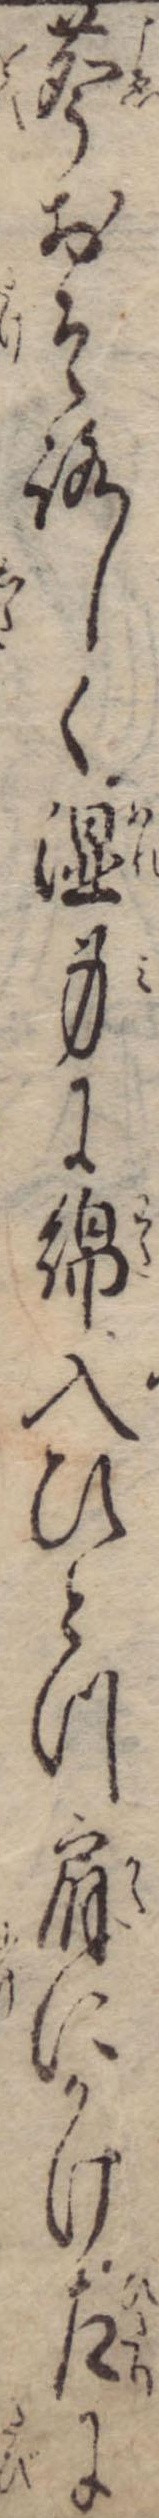
声おそろしく湿身に綿入ひとつ肩にかけ左に